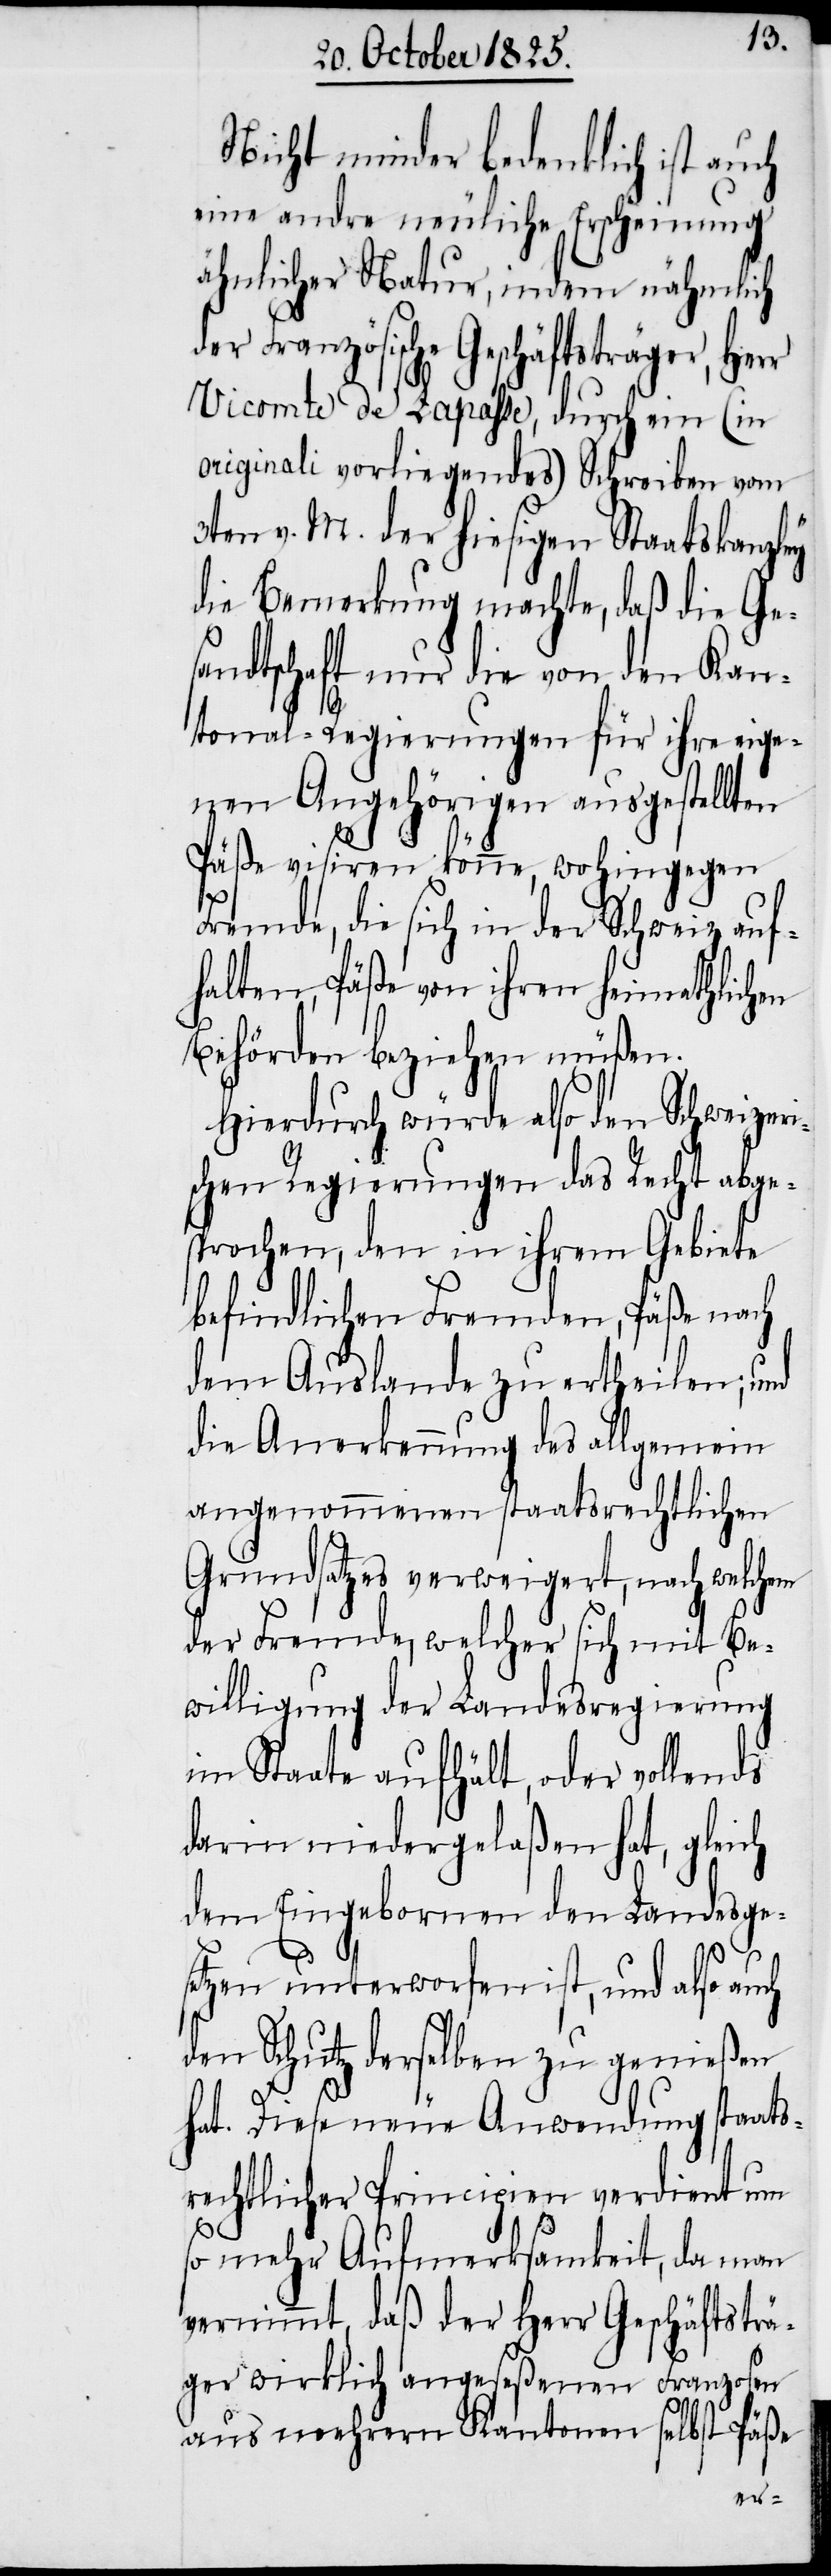
Nicht minder bedenklich ist auch
eine andere neuliche Erscheinung
ähnlicher Natur, indem nähmlich
der Französische Geschäftsträger, Herr
Vicomte de Lapasse, durch ein (in
originali vorliegendes) Schreiben vom
3ten v. M. der hiesigen Staatskanzley
die Bemerkung machte, daß die Ge¬
sandtschaft nur die von den Kan¬
tonal-Regierungen für ihre eige¬
nen Angehörigen ausgestellten
Päße visiren könne, wohin gegen
Fremde, die sich in der Schweiz auf¬
halten, Päße von ihren heimathlichen
Behörden beziehen müßen.
Hierdurch würde also den Schweizeri¬
schen Regierungen das Recht abge¬
sprochen, den in ihrem Gebiete
befindlichen Fremden, Päße nach
dem Auslande zu ertheilen, und
die Anerkennung des allgemein
angenommenen staatsrechtlichen
Grundsatzes verweigert, nach welchem
der Fremde, welcher sich mit Be¬
willigung der Landesregierung
im Staate aufhält, oder vollends
darin niedergelaßen hat, gleich
dem Eingebornen den Landesges¬
etzen unterworfen ist, und also auch
den Schutz derselben zu genießen
hat. Diese neue Anwendung staats¬
rechtlicher Principien verdient um
so mehr Aufmerksamkeit, da man
vernimmt, daß der Herr Geschäftsträ¬
ger wirklich angeseßenen Franzosen
aus mehrern Kantonen selbst Päße